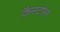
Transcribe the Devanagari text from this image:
कैनटोस